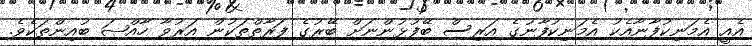
އެއީ އެމަނިކުފާނާއެކު އެމަނިކުފާނުގެ އަރިސް ބޭފުޅުންނަށް ބޭރުގެ ފަރާތްތަކުން އަރުވާ ހާއްޞަ ބުއިންތަކެވެ.